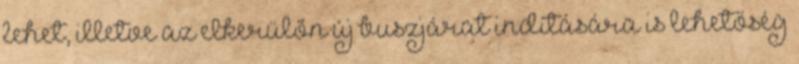
lehet, illetve az elkerülőn új buszjárat indítására is lehetőség